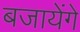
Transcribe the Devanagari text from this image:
बजायेंगे